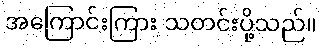
အကြောင်းကြား သတင်းပို့သည်။